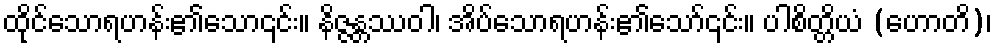
ထိုင်သောရဟန်း၏သော၎င်း။ နိဇ္ဇန္တဿဝါ၊ အိပ်သောရဟန်း၏သော်၎င်း။ ပါစိတ္တိယံ (ဟောတိ)၊